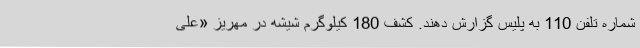
شماره تلفن 110 به پلیس گزارش دهند. کشف 180 کیلوگرم شیشه در مهریز «علی